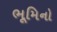
ભૂમિનો